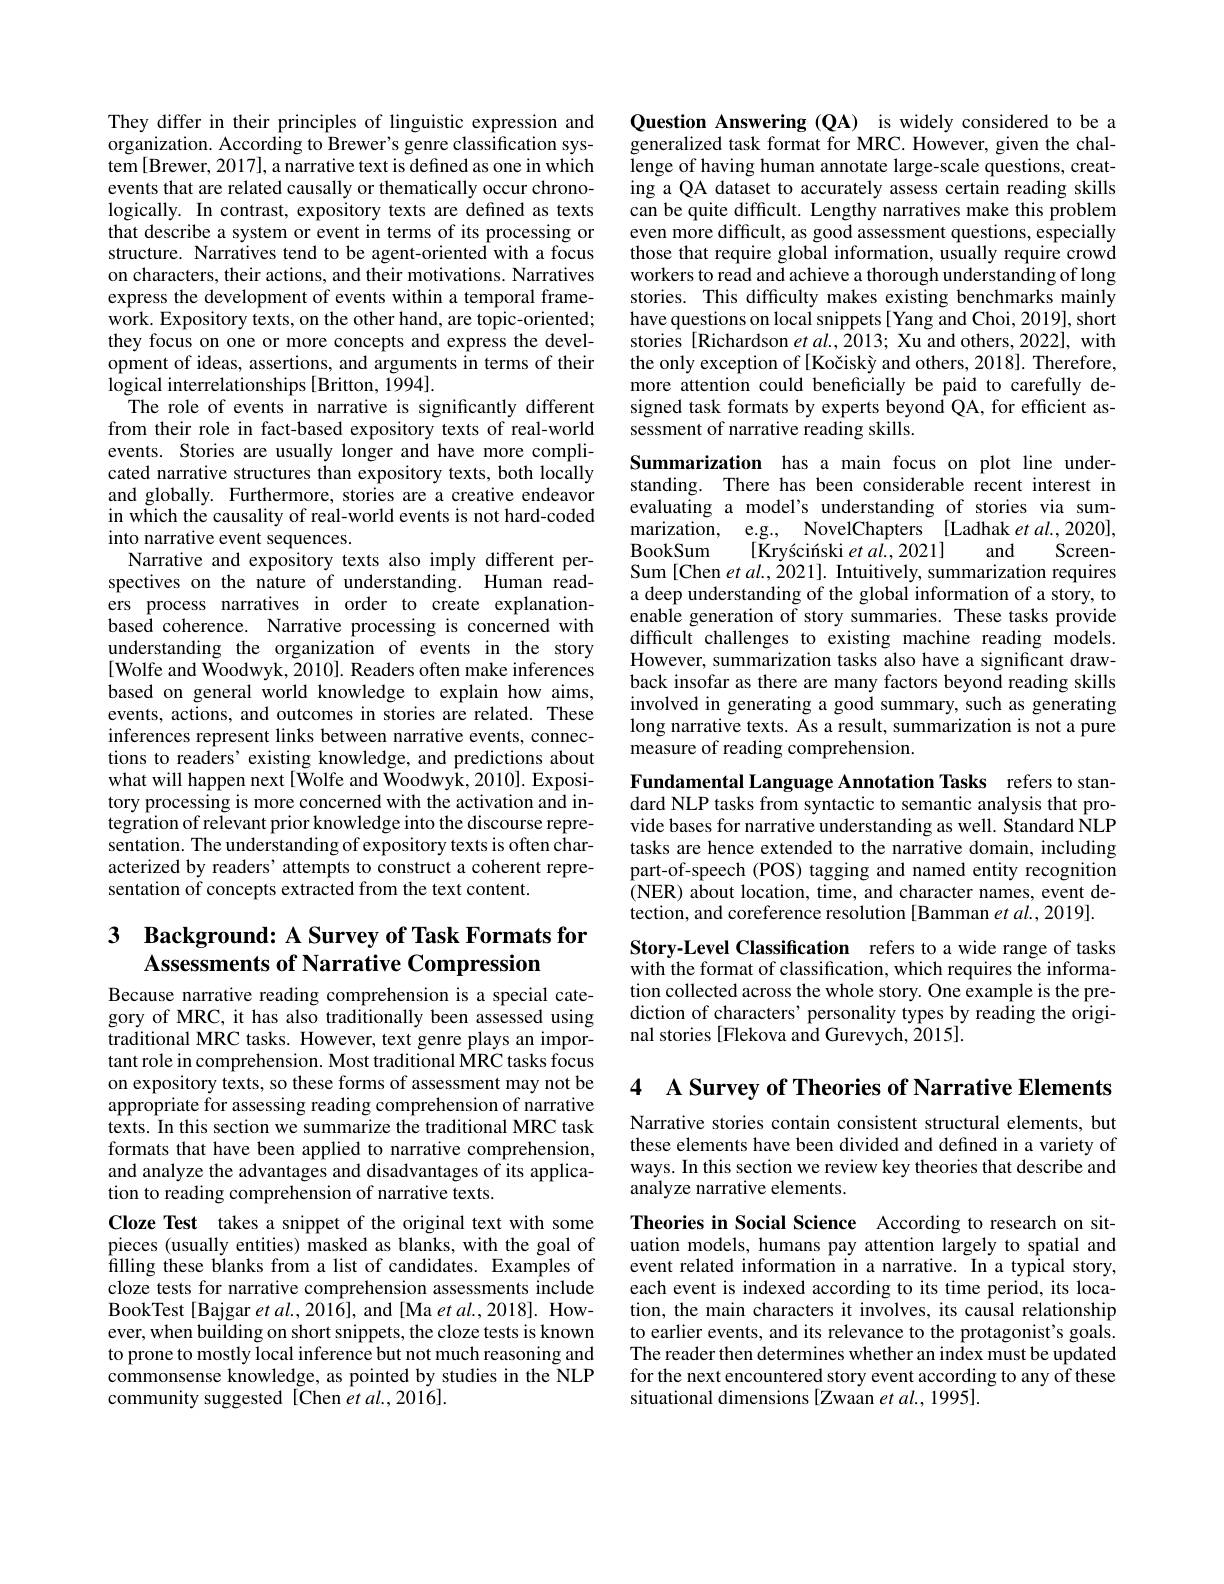
They differ in their principles of linguistic expression and organization. According to Brewer's genre classification system [Brewer, 2017], a narrative text is defined as one in which events that are related causally or thematically occur chronologically. In contrast, expository texts are defined as texts that describe a system or event in terms of its processing or structure. Narratives tend to be agent-oriented with a focus on characters, their actions, and their motivations. Narratives express the development of events within a temporal framework. Expository texts, on the other hand, are topic-oriented; they focus on one or more concepts and express the devel- $\dot{\text{opment of ideas, assertions, and arguments in terms of their}}$ logical interrelationships [Britton, 1994].
The role of events in narrative is significantly different from their role in fact-based expository texts of real-world events. Stories are usually longer and have more complicated narrative structures than expository texts, both locally and globally. Furthermore, stories are a creative endeavor in which the causality of real-world events is not hard-coded into narrative event sequences.
Narrative and expository texts also imply different perspectives on the nature of understanding. Human readers process narratives in order to create explanationbased coherence. Narrative processing is concerned with understanding the organization of events in the story [Wolfe and Woodwyk, 2010]. Readers often make inferences based on general world knowledge to explain how aims, events, actions, and outcomes in stories are related. These inferences represent links between narrative events, connections to readers' existing knowledge, and predictions about what will happen next[Wolfe and Woodwyk, 2010]. Expository processing is more concerned with the activation and integration of relevant prior knowledge into the discourse representation. The understanding of expository texts is often characterized by readers' attempts to construct a coherent representation of concepts extracted from the text content.

## 3 $\textbf{Background: A Survey of Task Formats for}$ Assessments of Narrative Compression

Because narrative reading comprehension is a special category of MRC, it has also traditionally been assessed using traditional MRC tasks. However, text genre plays an important role in comprehension. Most traditional MRC tasks focus on expository texts, so these forms of assessment may not be appropriate for assessing reading comprehension of narrative texts. In this section we summarize the traditional MRC task formats that have been applied to narrative comprehension, and analyze the advantages and disadvantages of its application to reading comprehension of narrative texts.

Cloze Test takes a snippet of the original text with some pieces (usually entities) masked as blanks, with the goal of filling these blanks from a list of candidates. Examples of cloze tests for narrative comprehension assessments include BookTest [Bajgar et al., 2016], and [Ma et al., 2018]. However, when building on short snippets, the cloze tests is known to prone to mostly local inference but not much reasoning and commonsense knowledge, as pointed by studies in the NLP community suggested [Chen et al.,2016].

Question Answering (QA) is widely considered to be a generalized task format for MRC. However, given the challenge of having human annotate large-scale questions, creating a QA dataset to accurately assess certain reading skills can be quite difficult. Lengthy narratives make this problem even more difficult, as good assessment questions, especially those that require global information, usually require crowd workers to read and achieve a thorough understanding of long stories. This difficulty makes existing benchmarks mainly have questions on local snippets[ Yang and Choi, 2019], short stories [Richardson $etal.,2013;$ Xu and others, 2022], with the only exception of [Kočiskỳ and others, 2018]. Therefore, more attention could beneficially be paid to carefully designed task formats by experts beyond QA, for efficient assessment of narrative reading skills.

Summarization has a main focus on plot line understanding. There has been considerable recent interest in evaluating a model's understanding of stories via summarization, e.g., NovelChapters [Ladhak et al.,2020], BookSum
$[\tilde{\text{Kryscinski }et}a\tilde{l.},2021]$
and
Screen-
Sum [Chen et al.,2021]. Intuitively, summarization requires a deep understanding of the global information of a story, to enable generation of story summaries. These tasks provide difficult challenges to existing machine reading models. However, summarization tasks also have a significant drawback insofar as there are many factors beyond reading skills involved in generating a good summary, such as generating long narrative texts. As a result, summarization is not a pure measure of reading comprehension.
Fundamental Language Annotation Tasks refers to standard NLP tasks from syntactic to semantic analysis that provide bases for narrative understanding as well. Standard NLP tasks are hence extended to the narrative domain, including part-of-speech (POS) tagging and named entity recognition (NER) about location, time, and character names, event detection, and coreference resolution [Bamman et al., 2019].
Story-Level Classification refers to a wide range of tasks

with the format of classification, which requires the information collected across the whole story. One example is the prediction of characters' personality types by reading the original stories [Flekova and Gurevych, 2015].

4 A Survey of Theories of Narrative Elements

Narrative stories contain consistent structural elements, but these elements have been divided and defined in a variety of ways. In this section we review key theories that describe and analyze narrative elements

Theories in Social Science According to research on situation models, humans pay attention largely to spatial and event related information in a narrative. In a typical story, each event is indexed according to its time period, its location, the main characters it involves, its causal relationship to earlier events, and its relevance to the protagonist's goals. The reader then determines whether an index must be updated for the next encountered story event according to any of these situational dimensions [Zwaan et al., 1995].